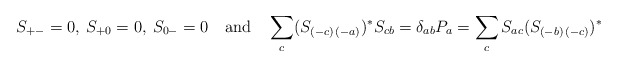
\begin{align*}S_{+-}=0,\>S_{+0}=0,\>S_{0-}=0\quad \mathrm{and}\quad\sum_{c}(S_{(-c)\,(-a)})^{\ast }S_{cb}=\delta_{ab}P_{a}=\sum_{c}S_{ac}(S_{(-b)\,(-c)})^{\ast } \end{align*}